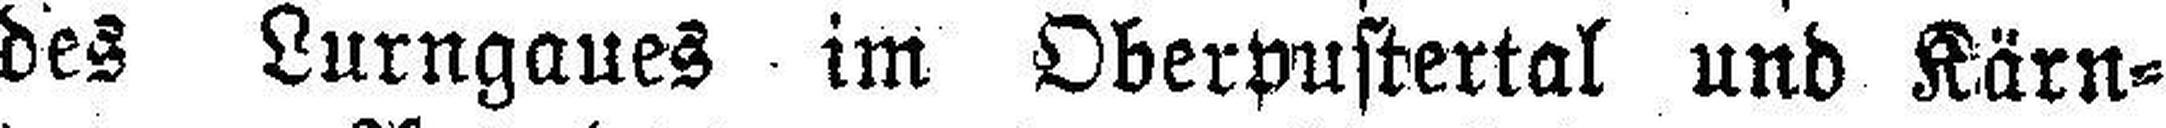
des Lurngaues im Oberpustertal und Kärn¬